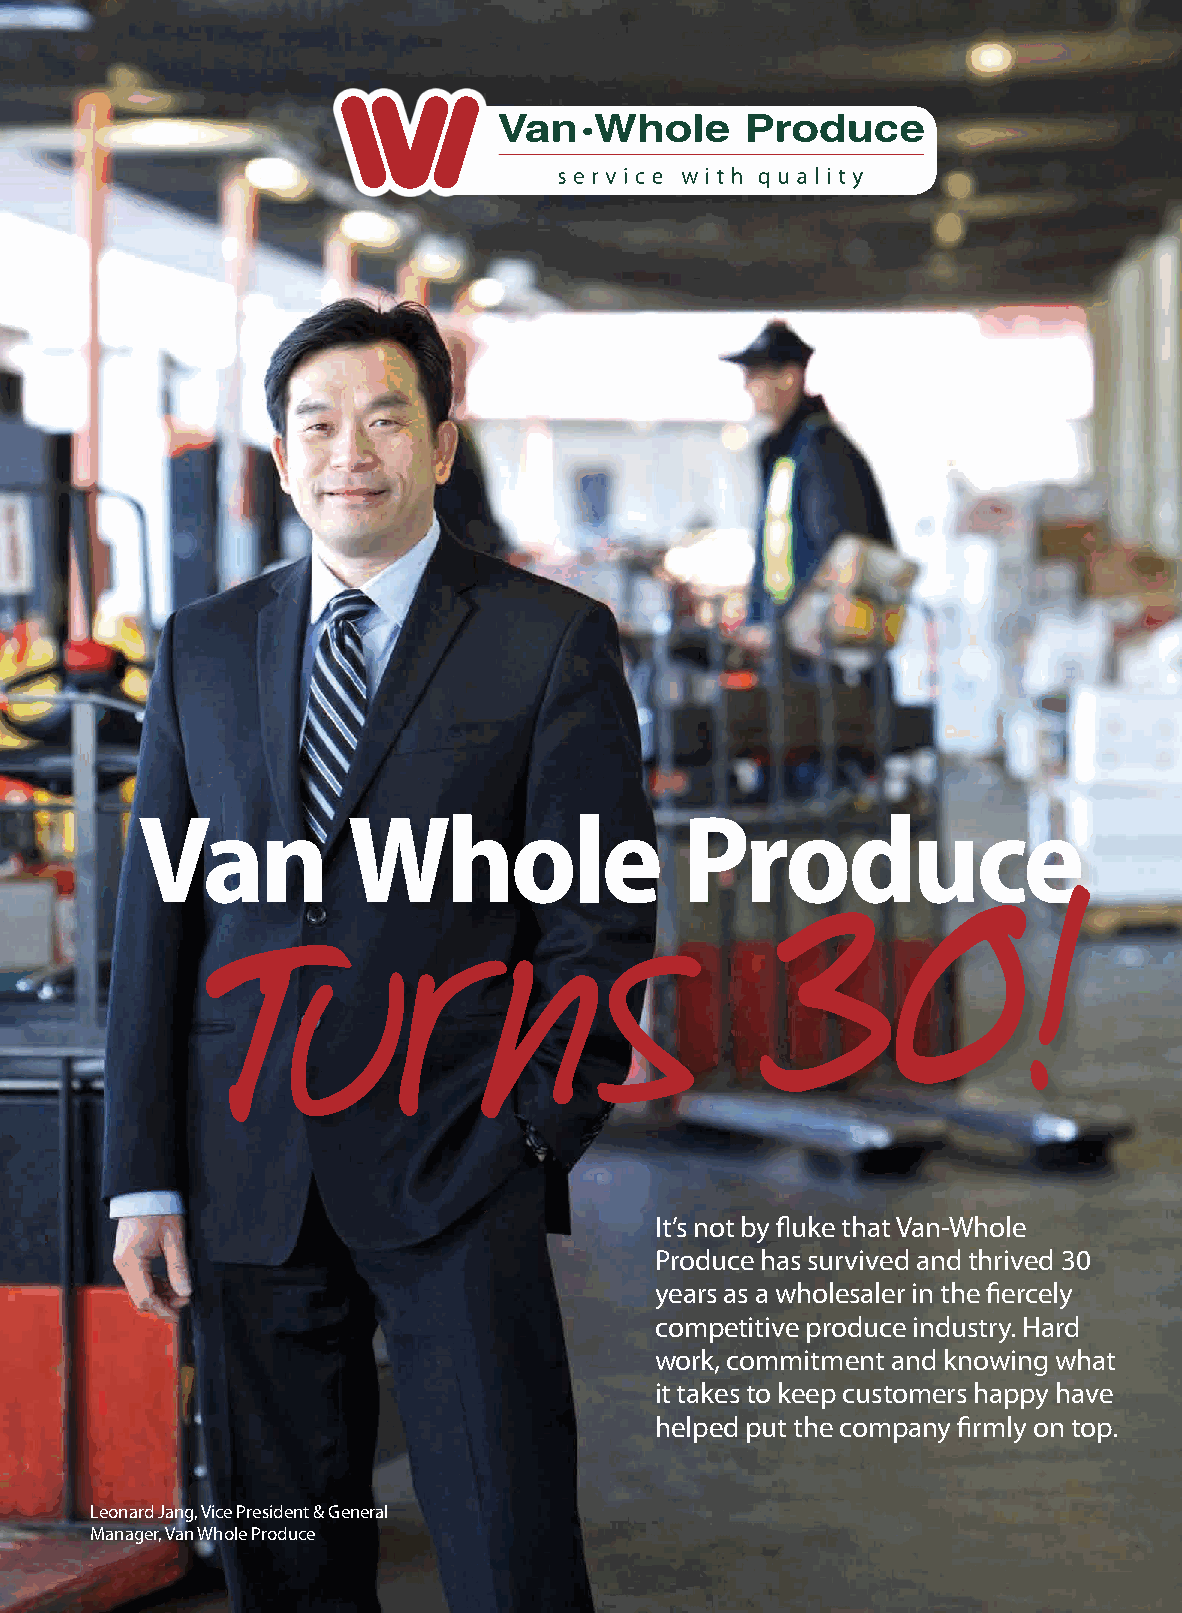
Van           Whole                 Produce
 0        !
 Tu         r     n       s
 3
 It’s not by fluke that Van-Whole
 Produce has survived and thrived 30
 years as a wholesaler in the fiercely
 competitive produce industry. Hard
 work, commitment and knowing what
 it takes to keep customers happy have
 helped put the company firmly on top.
 Leonard Jang, Vice President & General
 Manager, Van Whole Produce